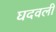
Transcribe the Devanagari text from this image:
घदवली